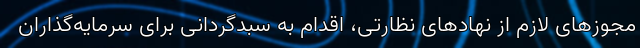
مجوزهای لازم از نهادهای نظارتی، اقدام به سبدگردانی برای سرمایه‌گذاران